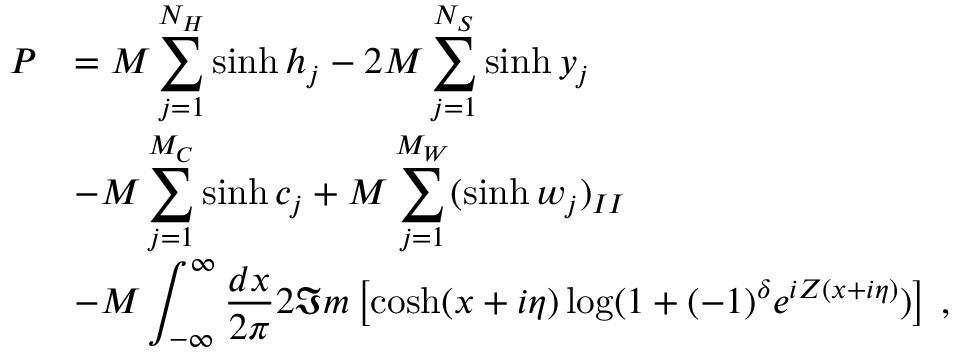
\begin{array} { r l } { { \displaystyle P } } & { { = { \cal M } \displaystyle \sum _ { j = 1 } ^ { N _ { H } } \sinh h _ { j } - 2 { \cal M } \displaystyle \sum _ { j = 1 } ^ { N _ { S } } \sinh y _ { j } } } \\ { { } } & { { - { \cal M } \displaystyle \sum _ { j = 1 } ^ { M _ { C } } \sinh c _ { j } + { \cal M } \displaystyle \sum _ { j = 1 } ^ { M _ { W } } ( \sinh w _ { j } ) _ { I I } } } \\ { { } } & { { - { \cal M } \displaystyle \int _ { - \infty } ^ { \infty } \displaystyle \frac { d x } { 2 \pi } 2 \Im m \left[ \cosh ( x + i \eta ) \log ( 1 + ( - 1 ) ^ { \delta } e ^ { i Z ( x + i \eta ) } ) \right] \: , } } \end{array}